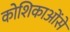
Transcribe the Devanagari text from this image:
कोशिकाओंसे